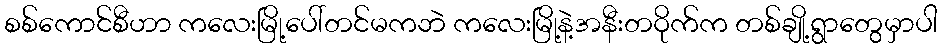
စစ်ကောင်စီဟာ ကလေးမြို့ပေါ်တင်မကဘဲ ကလေးမြို့နဲ့အနီးတဝိုက်က တစ်ချို့ရွာတွေမှာပါ